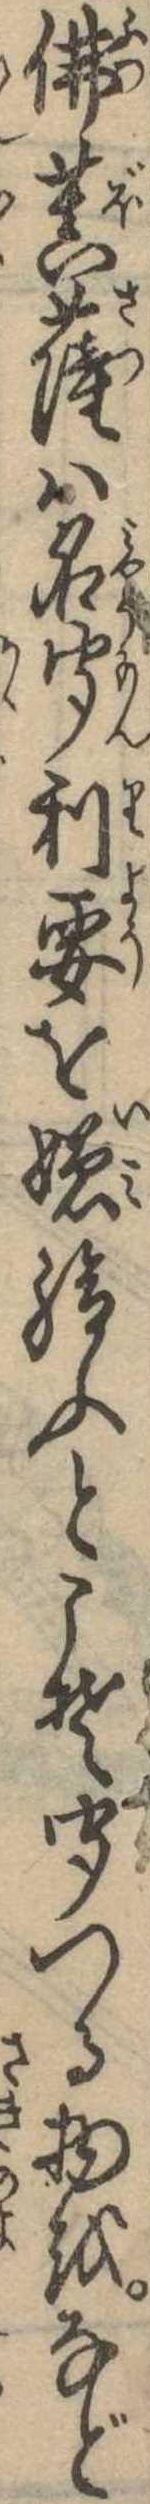
仏菩薩は名聞利要を嫌給ふとこそ聞つる物をなど